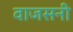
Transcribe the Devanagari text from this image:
वाजसनी